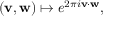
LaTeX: ( \mathbf { v } , \mathbf { w } ) \mapsto e ^ { 2 \pi i \mathbf { v } \cdot \mathbf { w } } ,